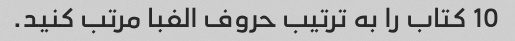
10 کتاب را به ترتیب حروف الفبا مرتب کنید.